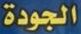
الجودة